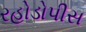
રહોડોપીસ